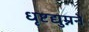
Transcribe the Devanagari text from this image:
धृष्टद्युम्नने